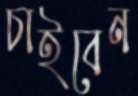
চাইবেন